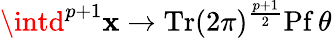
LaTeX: \intd^{p+1}\mathbf{x}\rightarrow\mathrm{{Tr}}(2\pi)^{\frac{{p+1}}{{2}}}\mathrm{{Pf}}\, \theta